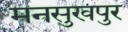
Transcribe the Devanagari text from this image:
मनसुखपुर